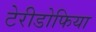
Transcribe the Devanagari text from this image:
टेरीडोफिया